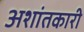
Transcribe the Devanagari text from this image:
अशांतकारी